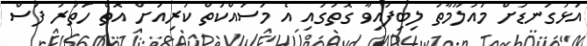
އަޅުގަނޑަށް މައުލޫމާތު ލިބިފައިވާ ގޮތުގައި އެ މަސައްކަތް ކުރިއަށް އޮތް ހަތަރު ފަސް